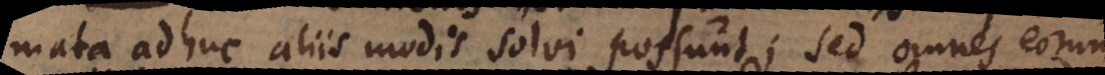
mata adhuc aliis modis solvi possunt; sed omnes eorum